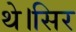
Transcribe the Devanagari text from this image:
थे।सिर